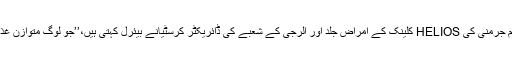
اپنی من پسند غذا سے لطف اندوز ہونا ہر شخص کی خواہش ہوتی ہے تاہم جرمنی کی HELIOS کلینک کے امراض جلد اور الرجی کے شعبے کی ڈائریکٹر کرسٹیانے بیئرل کہتی ہیں،’’جو لوگ متوازن غذا کا استعمال نہیں کرتے وہ جلد سے متعلق مسائل سے دوچار رہتے ہیں۔